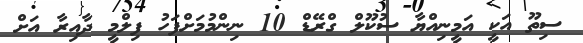
ސިތޫ އަކީ އަމީނިއްޔާ ސުކޫލް ގްރޭޑް 10 ނިންމުމަށްފަހު ފިލްމީ ދާއިރާ އަށް